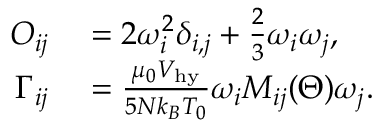
\begin{array} { r l } { O _ { i j } } & { { } = 2 \omega _ { i } ^ { 2 } \delta _ { i , j } + \frac { 2 } { 3 } \omega _ { i } \omega _ { j } , } \\ { \Gamma _ { i j } } & { { } = \frac { \mu _ { 0 } { \cal V } _ { \mathrm { h y } } } { 5 N k _ { B } T _ { 0 } } \omega _ { i } M _ { i j } ( \Theta ) \omega _ { j } . } \end{array}